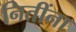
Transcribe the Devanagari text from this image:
नितींना